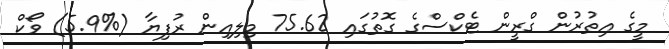
މީގެ އިތުރުން ގްރީން ޓެކްސްގެ ގޮތުގައި 75.62 މިލިއިން ރުފިޔާ (%5.9) ވޯކް